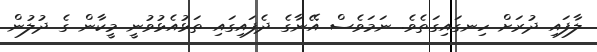
ލާފައި ދުރަށް ހިނގައިގަތެވެ. ނަމަވެސް އޭނާގެ ދެފައިގައި ތަޅުއެޅުވުނީ މީކާން ގެ ދުލުން